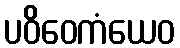
ပဝိဝေကံယေဝ